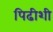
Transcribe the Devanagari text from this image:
पिढीशी